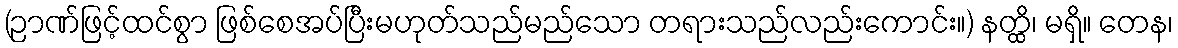
(ဉာဏ်ဖြင့်ထင်စွာ ဖြစ်စေအပ်ပြီးမဟုတ်သည်မည်သော တရားသည်လည်းကောင်း။) နတ္ထိ၊ မရှိ။ တေန၊